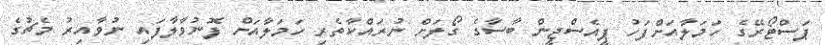
ޕަސްޓޯރޭގެ ހަމަލާއަށްފަހު ޕީއެސްޖީން ބާސާގެ ގޯލަށް ނުރައްކާތެރި ހަމަލާއަށް ފޮނުވާލާފައި ނުވާއިރު މެޗުގެ